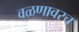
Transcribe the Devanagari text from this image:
वळणावरच